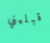
قبليني